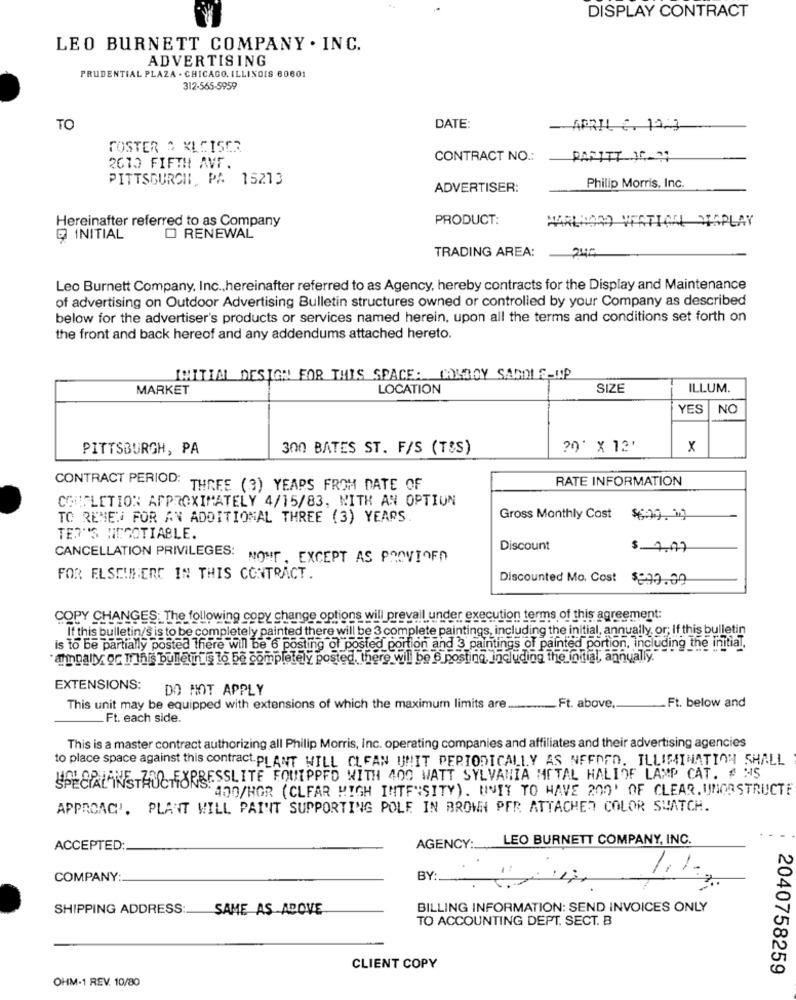
DISPLAY CONTRACT
LEO BURNETT COMPANY . INC.
ADVERTISING
PRUDENTIAL PLAZA . CHICAGO, ILLINOIS 60801
312-565-5959
TO
DATE:
-APRIL €. 12.3
FOSTER & KLEISER
CONTRACT NO .:
PAR177 10-31
2610 FIFTH AVF.
PITTSBURGH, PA 15213
ADVERTISER:
Philip Morris, Inc.
Hereinafter referred to as Company
PRODUCT:
HARLAORD VERTICAL DISPLAY
@ INITIAL
O RENEWAL
TRADING AREA:
Leo Burnett Company, Inc ., hereinafter referred to as Agency, hereby contracts for the Display and Maintenance
of advertising on Outdoor Advertising Bulletin structures owned or controlled by your Company as described
below for the advertiser's products or services named herein, upon all the terms and conditions set forth on
the front and back hereof and any addendums attached hereto.
INITIAL DESIGN FOR THIS SPACE: CONBOY SADDLE-UP
MARKET
LOCATION
SIZE
ILLUM.
YES
NC
PITTSBURGH, PA
300 BATES ST. F/S (T&S)
20' X 12'
x
CONTRACT PERIOD:
RATE INFORMATION
THREE (3) YEARS FROM DATE OF
COMPLETION APPROXIMATELY 4/15/83, WITH AN OPTION
TO RENES FOR AN ADDITIONAL THREE (3) YEARS
Gross Monthly Cost
TER'S NEGOTIABLE.
CANCELLATION PRIVILEGES:
Discount
$ 1.07
" NOME, EXCEPT AS PROVIOFD
FOR ELSE!INERC IN THIS CONTRACT.
Discounted Mo. Cost $099.59
COPY CHANGES; The following copy change options will prevail under execution terms of this agreement:
If this bulletin/s is to be completely painted there will be 3 complete paintings, including the initial, annually, or; If this bulletin
is to be partially posted There will be 6 posting ol posted portion and 3 paintings of painted portion, including the initial,
"aimpally or Ihr bulletinis to be completely posted, there will be 6 posting, including the initial, annually.
EXTENSIONS:
DO NOT APPLY
Ft. below and
This unit may be equipped with extensions of which the maximum limits are ........
_Ft. above.
Ft. each side.
This is a master contract authorizing all Philip Morris, Inc. operating companies and affiliates and their advertising agencies
to place space against this contract PLANT WILL CLFAN UNIT PERIODICALLY AS NEEDED. ILLIMINATION SHALL
PRESSLITE FQUIPPED WITH 400 WATT SYLVANIA METAL HALIOF LAMP CAT. # HS
SPECIALANFESTAUCHFOR'S
400/HOR (CLFAR HIGH INTENSITY). HVIT TO HAVE 200' OF CLEAR. UMORSTRUCTE
APPROACH'. PLANT WILL PAINT SUPPORTING POLE IN BROWN PER ATTACHED COLOR SWATCH.
LEO BURNETT COMPANY, INC.
ACCEPTED:
AGENCY :_
COMPANY:
BY:
SHIPPING ADDRESS:
SAME AS ABOVE
BILLING INFORMATION: SEND INVOICES ONLY
TO ACCOUNTING DEPT. SECT. B
CLIENT COPY
2040758259
OHM-1 REV. 10/80